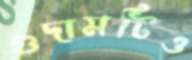
গুদামটিও